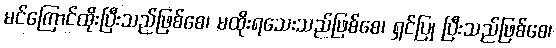
မင်ကြောင်ထိုးပြီးသည်ဖြစ်စေ၊ မထိုးရသေးသည်ဖြစ်စေ၊ ရှင်ပြု ပြီးသည်ဖြစ်စေ၊